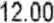
12.00